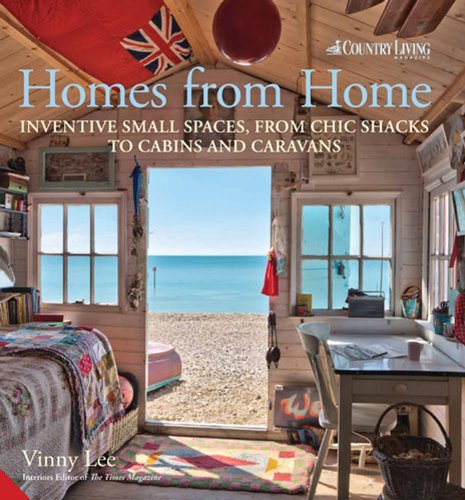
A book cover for Homes from Home: Inventive Small Spaces, From Chic Shacks To  Cabins And Caravans; Vinny Lee; Crafts, Hobbies & Home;